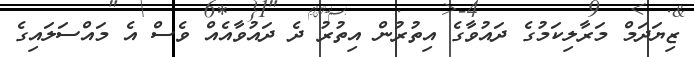
ޒިޔަދަމް މަރާލިކަމުގެ ދައުވާގެ އިތުރުން އިތުރު ދެ ދައުވާއެއް ވެސް އެ މައްސަލައިގެ